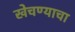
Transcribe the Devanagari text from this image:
खेचण्याचा